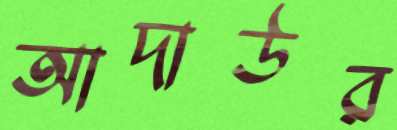
আদাউর